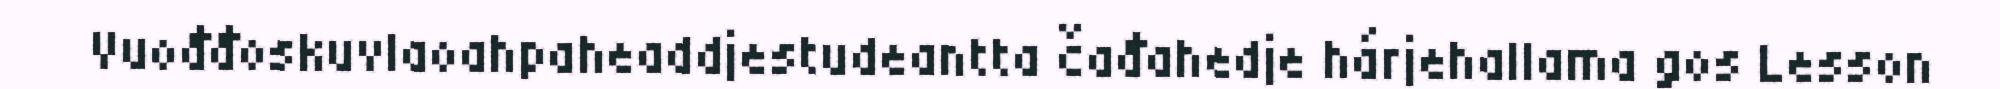
Vuođđoskuvlaoahpaheaddjestudeantta čađahedje hárjehallama gos Lesson